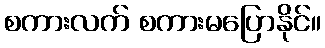
စကားလက် စကားမပြောနိုင်။